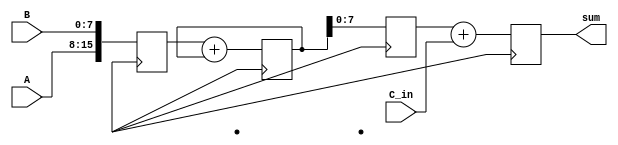
module fixed_point_adder(
    input [7:0] A,
    input [7:0] B,
    input [7:0] C_in,
    output reg [7:0] sum
);

reg [15:0] intermediate_result;

// First arithmetic block
reg [15:0] shift_reg1;
always @ (posedge clk) begin
    shift_reg1 <= {shift_reg1[6:0], A, B};
    intermediate_result <= shift_reg1 + intermediate_result;
end

// Second arithmetic block
reg [15:0] shift_reg2;
always @ (posedge clk) begin
    shift_reg2 <= {shift_reg2[6:0], intermediate_result};
    sum <= shift_reg2 + C_in;
end

endmodule